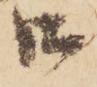
御